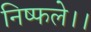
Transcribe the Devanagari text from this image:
निष्फले।।